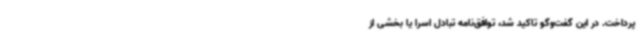
پرداخت. در این گفت‌وگو تاکید شد، توافق‌نامه تبادل اسرا یا بخشی از